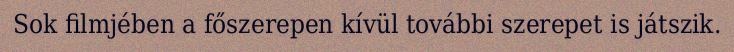
Sok filmjében a főszerepen kívül további szerepet is játszik.